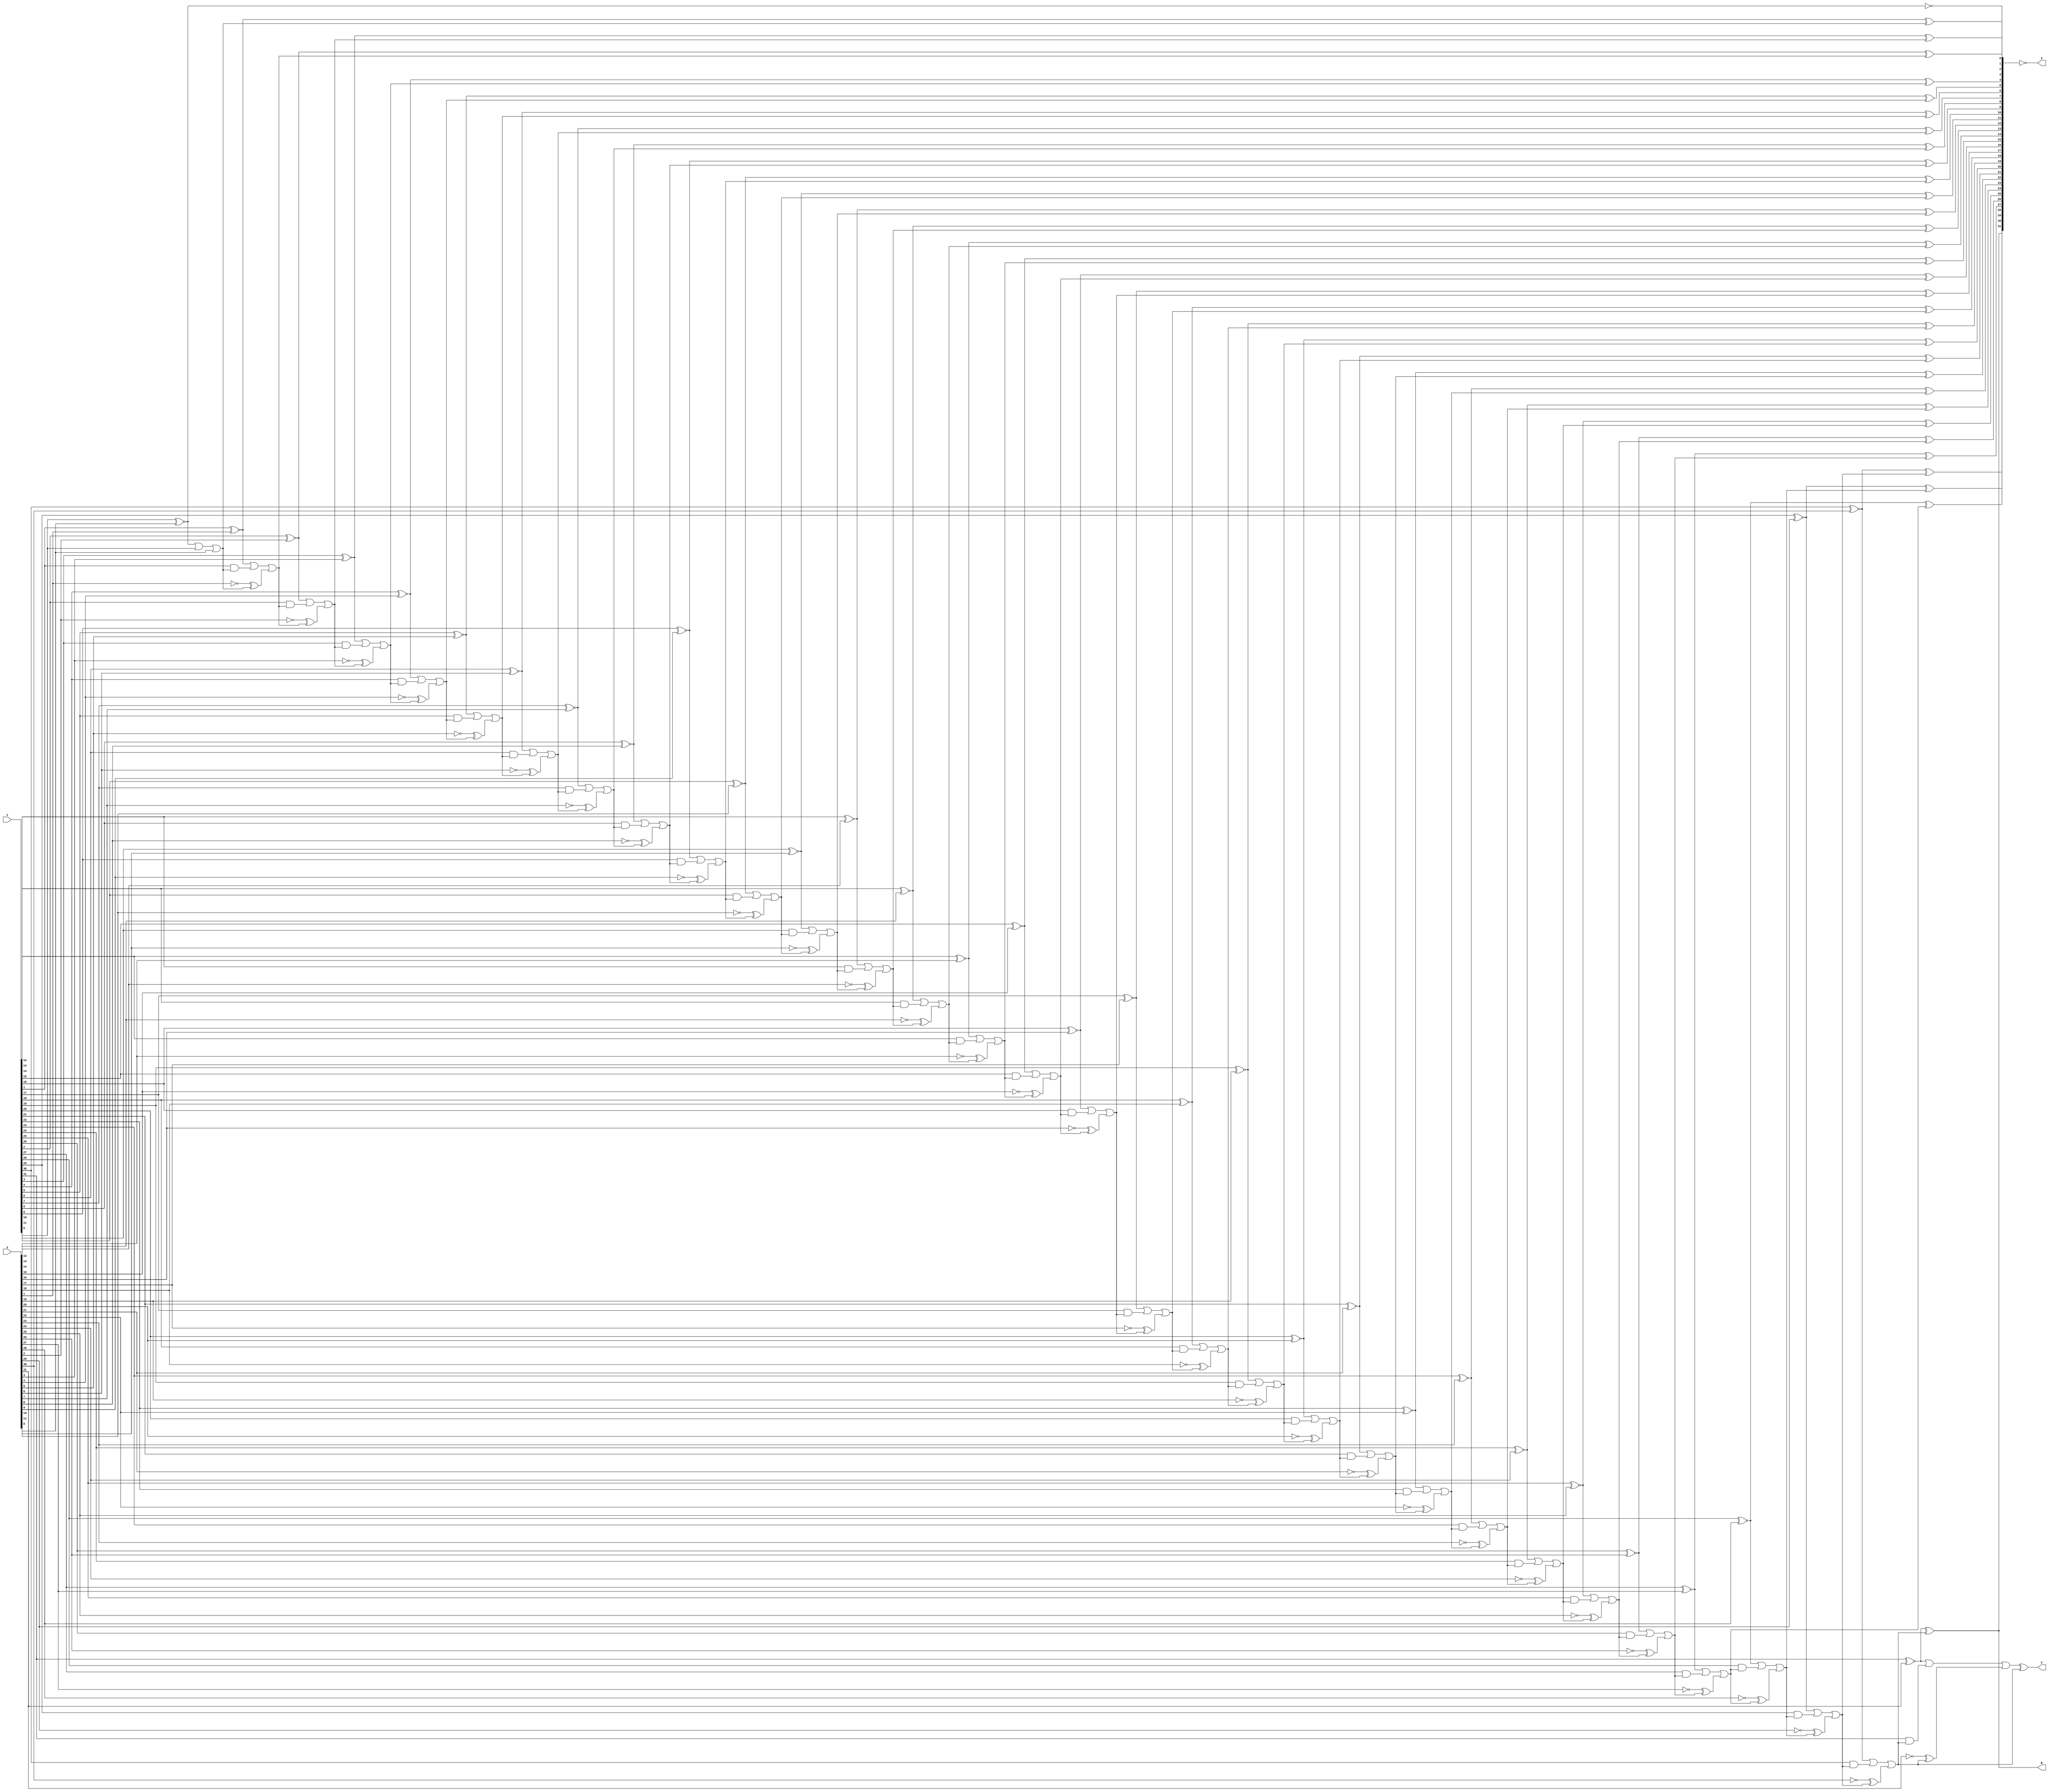
//!,

module comparator2 (x,y,V,N,Z);
    parameter n = 32;
    input [n-1:0]x,y;       //!
    output reg Z,       //!0z=1
               V,       //!v=1
               N;       //!n=1
    reg [n-1:0]s;
    reg[n:0]c;

    integer k;      //!

    always@(x,y)
    begin
        c[0] = 1'b1;
        for(k=0;k<n;k=k+1)
            begin
                s[k] = x[k]^~y[k]^c[k];
                c[k+1] = (x[k]^~y[k]) | (x[k]&c[k]) | (~y[k]^c[k]);
            end
        V = c[n]^c[n-1];
        N = s[n-1];
        Z = !s;
    end

endmodule